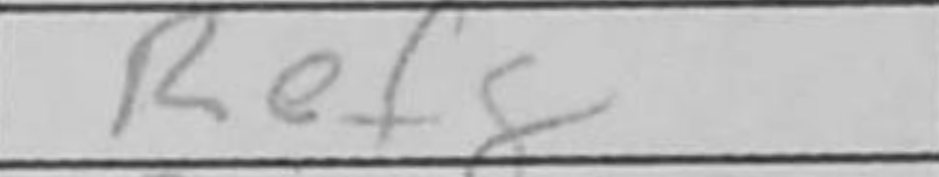
Transcription: Ref8